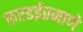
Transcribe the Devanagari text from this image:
करडईप्रमाणे